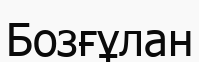
Бозғұлан